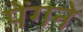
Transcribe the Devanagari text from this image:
पेंगने